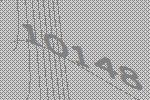
10148